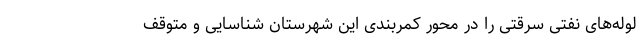
لوله‌های نفتی سرقتی را در محور کمربندی این شهرستان شناسایی و متوقف